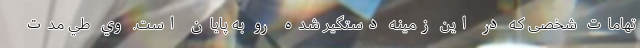
تهامات شخصی که در این زمینه دستگیر شده رو به پایان است. وي طي مدت